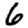
Digit: 6